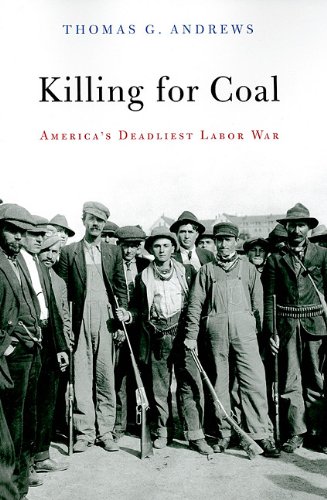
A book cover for Killing for Coal: America's Deadliest Labor War; Thomas G. Andrews; Business & Money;